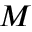
M